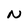
Character: N